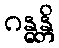
ဂန္ဓန္တိ